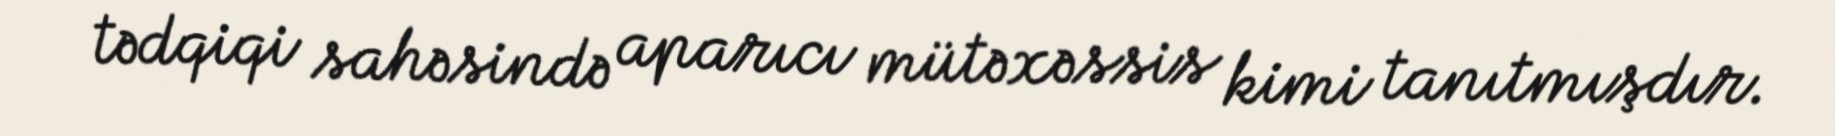
tədqiqi sahəsində aparıcı mütəxəssis kimi tanıtmışdır.